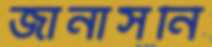
জানাসনি